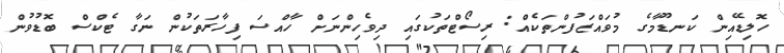
ހޮލިޑޭއިން ކަނޑޫމާގެ މުވައްޒަފުންތަކެއް: ރިސޯޓްތަކުގައި ދިވެހިންނަށް ހާއްސަ ފިހާރަތަކުން ނަގާ ޓެކްސް ބޮޑުވުން